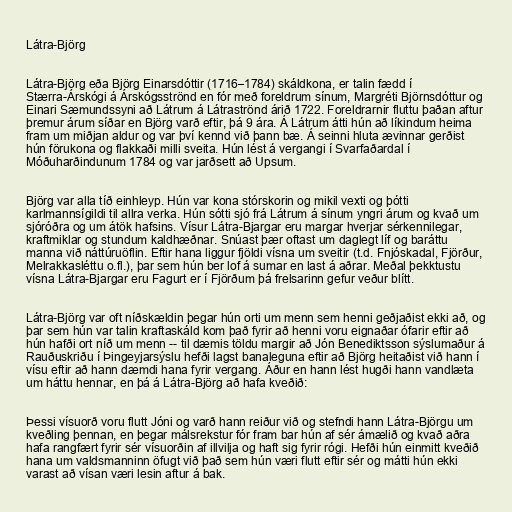
Látra-Björg

Látra-Björg eða Björg Einarsdóttir (1716–1784) skáldkona, er talin fædd í
Stærra-Árskógi á Árskógsströnd en fór með foreldrum sínum, Margréti Björnsdóttur og
Einari Sæmundssyni að Látrum á Látraströnd árið 1722. Foreldrarnir fluttu þaðan aftur
þremur árum síðar en Björg varð eftir, þá 9 ára. Á Látrum átti hún að líkindum heima
fram um miðjan aldur og var því kennd við þann bæ. Á seinni hluta ævinnar gerðist
hún förukona og flakkaði milli sveita. Hún lést á vergangi í Svarfaðardal í
Móðuharðindunum 1784 og var jarðsett að Upsum.

Björg var alla tíð einhleyp. Hún var kona stórskorin og mikil vexti og þótti
karlmannsígildi til allra verka. Hún sótti sjó frá Látrum á sínum yngri árum og kvað um
sjóróðra og um átök hafsins. Vísur Látra-Bjargar eru margar hverjar sérkennilegar,
kraftmiklar og stundum kaldhæðnar. Snúast þær oftast um daglegt líf og baráttu
manna við náttúruöflin. Eftir hana liggur fjöldi vísna um sveitir (t.d. Fnjóskadal, Fjörður,
Melrakkasléttu o.fl.), þar sem hún ber lof á sumar en last á aðrar. Meðal þekktustu
vísna Látra-Bjargar eru Fagurt er í Fjörðum þá frelsarinn gefur veður blítt.

Látra-Björg var oft níðskældin þegar hún orti um menn sem henni geðjaðist ekki að, og
þar sem hún var talin kraftaskáld kom það fyrir að henni voru eignaðar ófarir eftir að
hún hafði ort níð um menn -- til dæmis töldu margir að Jón Benediktsson sýslumaður á
Rauðuskriðu í Þingeyjarsýslu hefði lagst banaleguna eftir að Björg heitaðist við hann í
vísu eftir að hann dæmdi hana fyrir vergang. Áður en hann lést hugði hann vandlæta
um háttu hennar, en þá á Látra-Björg að hafa kveðið:

Þessi vísuorð voru flutt Jóni og varð hann reiður við og stefndi hann Látra-Björgu um
kveðling þennan, en þegar málsrekstur fór fram bar hún af sér ámælið og kvað aðra
hafa rangfært fyrir sér vísuorðin af illvilja og haft sig fyrir rógi. Hefði hún einmitt kveðið
hana um valdsmanninn öfugt við það sem hún væri flutt eftir sér og mátti hún ekki
varast að vísan væri lesin aftur á bak.